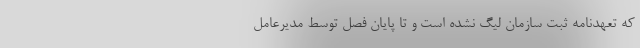
که تعهدنامه ثبت سازمان لیگ نشده است و تا پایان فصل توسط مدیرعامل